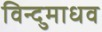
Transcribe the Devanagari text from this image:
विन्दुमाधव